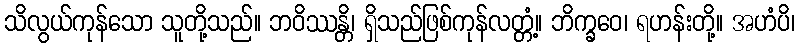
သိလွယ်ကုန်သော သူတို့သည်။ ဘဝိဿန္တိ၊ ရှိသည်ဖြစ်ကုန်လတ္တံ့။ ဘိက္ခဝေ၊ ရဟန်းတို့။ အဟံပိ၊